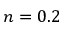
n = 0 . 2